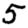
Digit: 5